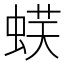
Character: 𧋞